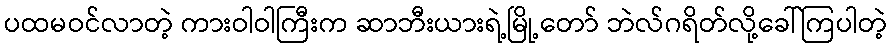
ပထမဝင်လာတဲ့ ကားဝါဝါကြီးက ဆာဘီးယားရဲ့မြို့တော် ဘဲလ်ဂရိတ်လို့ခေါ်ကြပါတဲ့